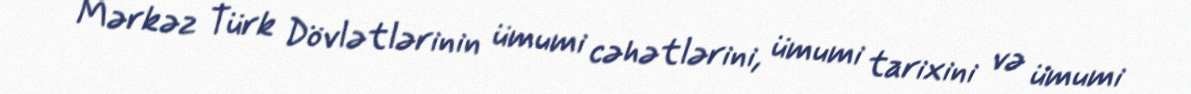
Mərkəz Türk Dövlətlərinin ümumi cəhətlərini, ümumi tarixini və ümumi